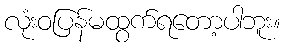
လုံးဝပြန်မထွက်ရတော့ပါဘူး။